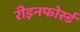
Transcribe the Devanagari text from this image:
रीइनफोर्स्ड